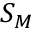
S _ { M }